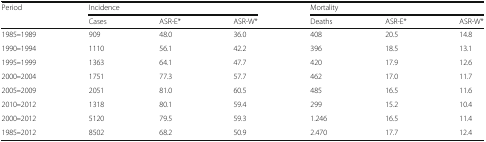
| <ROWSPAN=2> Period | <COLSPAN=3> Incidence | <COLSPAN=3> Mortality |
 | Cases | ASR-E* | ASR-W* | Deaths | ASR-E* | ASR-W* |
 | --- | --- | --- | --- | --- | --- | --- |
 | 1985–1989 | 909 | 48.0 | 36.0 | 408 | 20.5 | 14.8 |
 | 1990–1994 | 1110 | 56.1 | 42.2 | 396 | 18.5 | 13.1 |
 | 1995–1999 | 1363 | 64.1 | 47.7 | 420 | 17.9 | 12.6 |
 | 2000–2004 | 1751 | 77.3 | 57.7 | 462 | 17.0 | 11.7 |
 | 2005–2009 | 2051 | 81.0 | 60.5 | 485 | 16.5 | 11.6 |
 | 2010–2012 | 1318 | 80.1 | 59.4 | 299 | 15.2 | 10.4 |
 | 2000–2012 | 5120 | 79.5 | 59.3 | 1.246 | 16.5 | 11.4 |
 | 1985–2012 | 8502 | 68.2 | 50.9 | 2.470 | 17.7 | 12.4 |